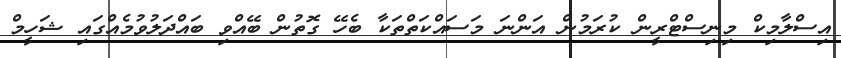
އިސްލާމިކް މިނިސްޓްރީން ކުރަމުން އަންނަ މަސައްކަތްތަކާ ބެހޭ ގޮތުން ބޭއްވި ބައްދަލުވުމެއްގައި ޝަހީމް